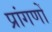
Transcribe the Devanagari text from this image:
प्रांगणों